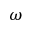
\omega